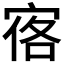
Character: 𪧒